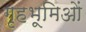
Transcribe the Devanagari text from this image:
गृहभूमिओं